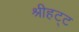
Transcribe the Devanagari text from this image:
श्रीहट्ट